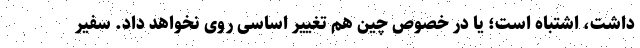
داشت، اشتباه است؛ یا در خصوص چین هم تغییر اساسی روی نخواهد داد. سفیر